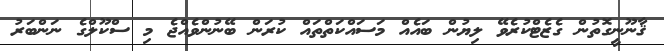
ޤާނޫނީގޮތުން ގެޒެޓްކުރެވޭ ލިޔުން ބައެއް މަސައްކަތްތައް ކުރަން ބޭނުންވެއްޖެ މި ސްކޫލްގެ ނަންބަރު